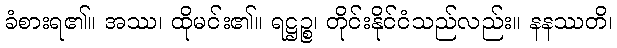
ခံစားရ၏။ အဿ၊ ထိုမင်း၏။ ရဋ္ဌဉ္စ၊ တိုင်းနိုင်ငံသည်လည်း။ နနဿတိ၊